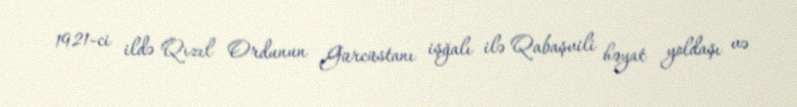
1921-ci ildə Qızıl Ordunun Gürcüstanı işğalı ilə Qabaşvili həyat yoldaşı və